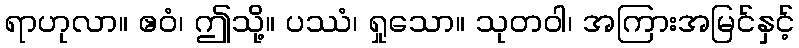
ရာဟုလာ။ ဧဝံ၊ ဤသို့။ ပဿံ၊ ရှုသော။ သုတဝါ၊ အကြားအမြင်နှင့်